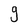
Character: 9